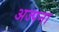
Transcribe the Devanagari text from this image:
अज्पना